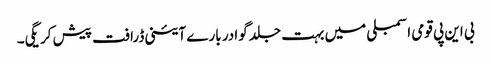
بی این پی قومی اسمبلی میں بہت جلد گوادر بارے آئینی ڈرافت پیش کر یگی۔